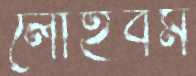
লৌহবর্ম